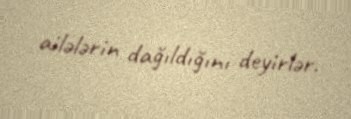
ailələrin dağıldığını deyirlər.